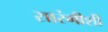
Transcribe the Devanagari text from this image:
सारंगीशी